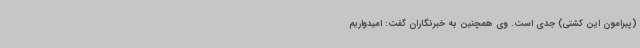
(پیرامون این کشتی) جدی است. وی همچنین به خبرنگاران گفت: امیدواریم